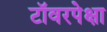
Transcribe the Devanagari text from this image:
टॉवरपेक्षा